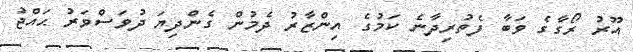
އޫރު ރޯގާގެ ވަބާ ފެތުރިދާނެ ކަމުގެ އިންޒާރު ދެމުން ގެންދިޔަ ދުވަސްވަރު ޙައްޖު